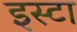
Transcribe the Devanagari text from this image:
इस्टा